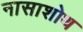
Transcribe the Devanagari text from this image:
नासाशोथ